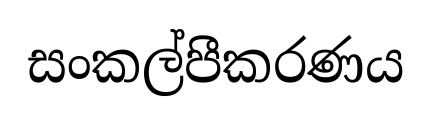
සංකල්පීකරණය